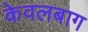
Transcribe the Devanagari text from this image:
केवलबाग